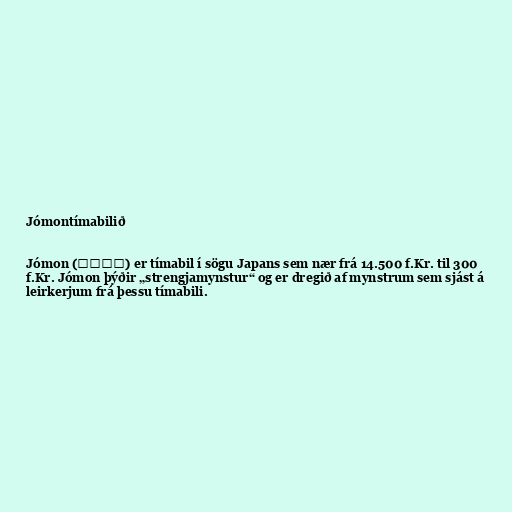
Jómontímabilið

Jómon (縄文時代) er tímabil í sögu Japans sem nær frá 14.500 f.Kr. til 300
f.Kr. Jómon þýðir „strengjamynstur“ og er dregið af mynstrum sem sjást á
leirkerjum frá þessu tímabili.